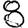
Digit: 8